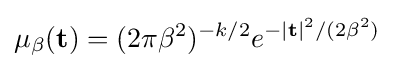
\mu _{\beta }(\mathbf {t} )=(2\pi \beta ^{2})^{-k/2}e^{-|\mathbf {t} |^{2}/(2\beta ^{2})}